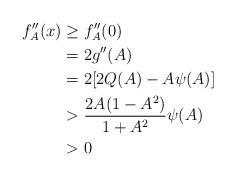
LaTeX: \begin{align*}f''_A(x)&\geq f''_A(0)\\&= 2g''(A)\\&= 2[2Q(A)-A\psi(A)]\\&>\frac{2A(1-A^2)}{1+A^2}\psi(A)\\&>0\end{align*}